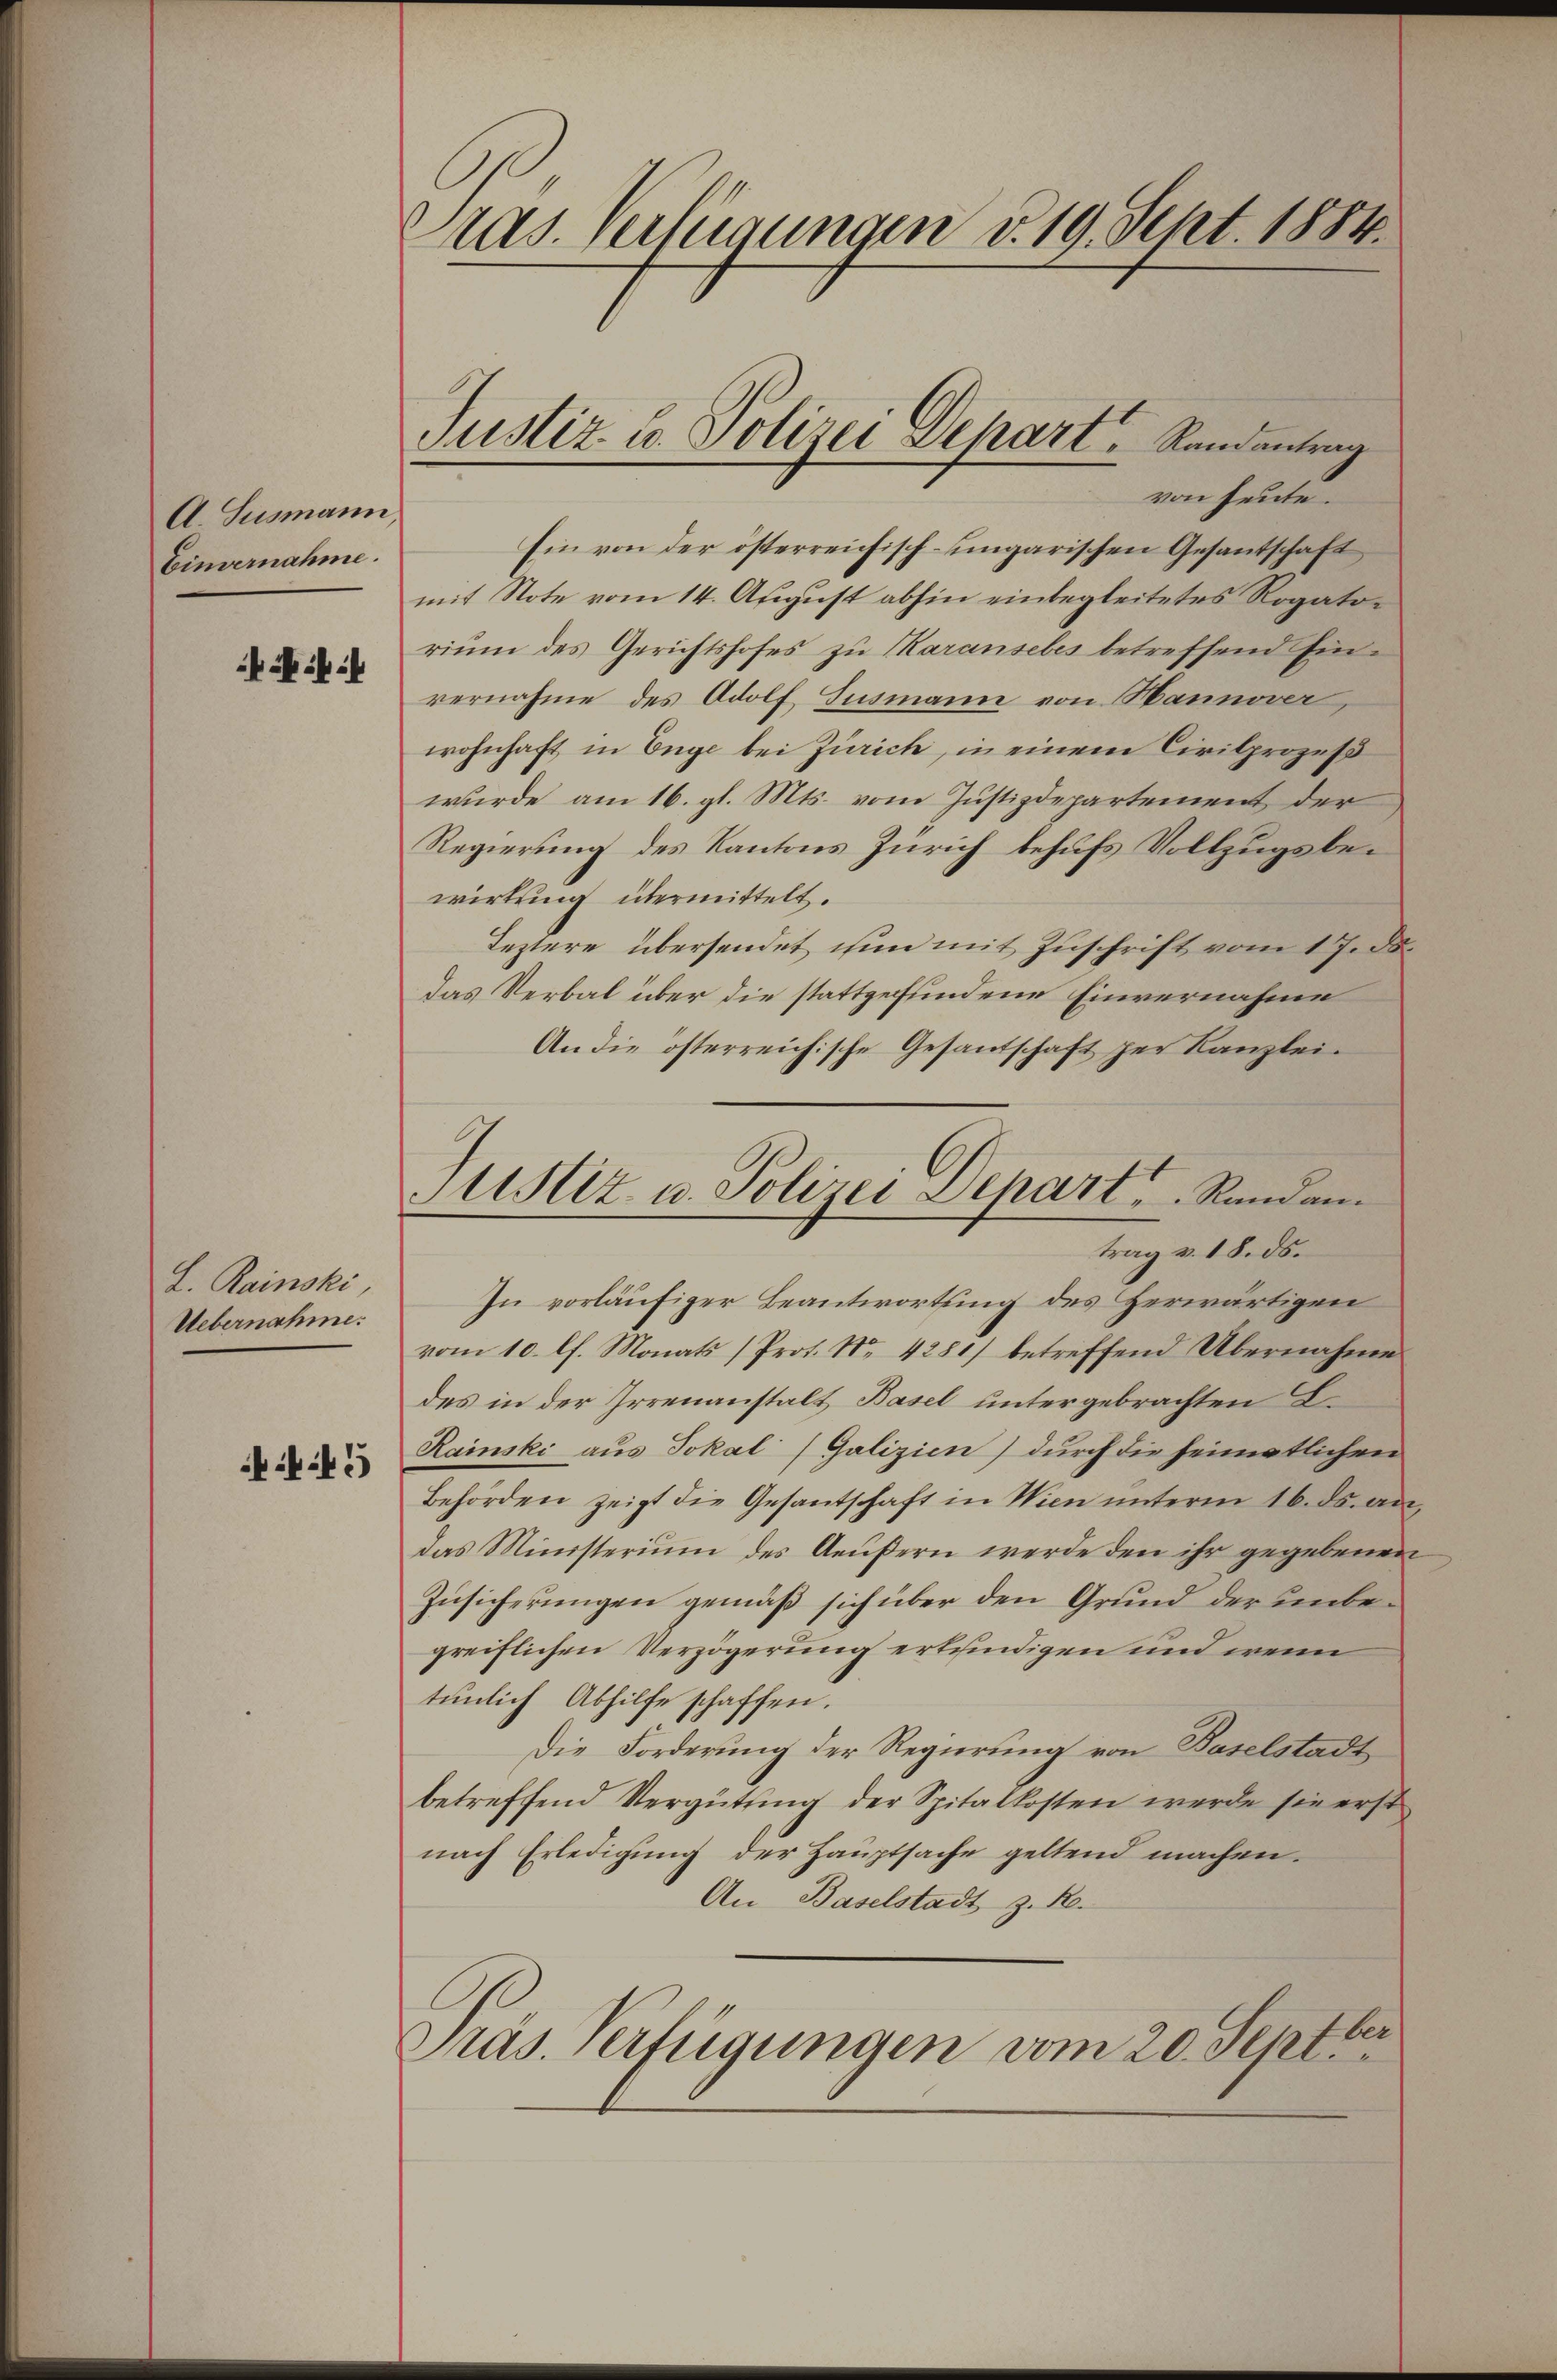
A. Susmann
Eeinvernahme.

L. Rainski
Uebernahme.

45

ras. Verfügungen v. 19. Sept. 1884.

Justiz u. Polizei Separt, Randantrag

von heute.
Ein von der österreichisch-ungarischen Gesantschaft
mit Note vom 14. August abhin einbegleitetes Rogatorium des Gerichtshofes zu Maransebes betreffend Einvernahme des Adolf Susmann von Hannover,
wohnhaft in Enge bei Zürich, in einem Civilprozeß
wurde am 16. gl. Mts. vom Justizdepartement der
Regierung des Kantons Zürich behufs Vollzugsbewirkung übermittelt.
Leztere übersendet nun mit Zuschrift vom 1 J.d.
das Verbal über die stattgefundene Einvernahme
An die österreichische Gesandschaft per Kanzlei-
In vorläufiger Beantwortung des Herwärtigen
vom 10. lt. Monats (Prot. Nr. 4281) betreffend Übernahme
des in der Irrenanstalt Basel untergebrachten L.
Rainski aus Jokal (Galizien) durch die heimatlichen
Behörden zeigt die Gesantschaft in Wien unterm 16. ds. an,
das Ministerium des Aeußern werde den ihr gegebenen
Zusicherungen gemäß sich über den Grund der unbegreiflichen Verzögerung erkundigen und wenn
tunlich Abhilfe schaffen.
Die Forderung der Regierung von Baselstadt
betreffend Vergütung der Spitalkosten werde sie erst
nach Erledigung der Hauptsache geltend machen.
An Baselstadt z. B.
ber
Präs. Verfügungen vom 20. Sept.

Justiz- u. Polizei Depart Randam
trag v. 18. ds.

d